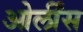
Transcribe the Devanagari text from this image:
ओर्लींस